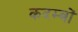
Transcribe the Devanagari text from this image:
कदम्बों